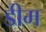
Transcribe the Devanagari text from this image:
डीम